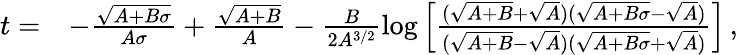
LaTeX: \begin{array}{rl}{t=}&{-\frac{\sqrt{A+B\sigma}}{A\sigma}+\frac{\sqrt{A+B}}{A}-\frac{B}{2A^{3/2}}\log\left[\frac{(\sqrt{A+B}+\sqrt{A})(\sqrt{A+B\sigma}-\sqrt{A})}{(\sqrt{A+B}-\sqrt{A})(\sqrt{A+B\sigma}+\sqrt{A})}\right]\, ,}\end{array}